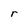
Character: r